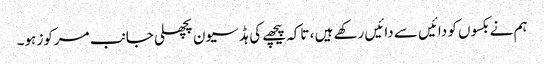
ہم نے بکسوں کو دائیں سے دائیں رکھے ہیں ، تاکہ پیچھے کی ہڈ سیون پچھلی جانب مرکوز ہو۔